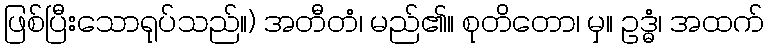
ဖြစ်ပြီးသောရုပ်သည်။) အတီတံ၊ မည်၏။ စုတိတော၊ မှ။ ဥဒ္ဓံ၊ အထက်